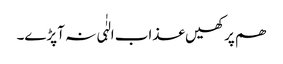
ھم پر کھیں عذاب الہٰٰی نہ آپڑے۔